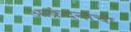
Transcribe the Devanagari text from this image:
आक्रंदनाचा